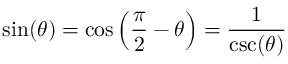
\sin ( \theta ) = \cos \left( { \frac { \pi } { 2 } } - \theta \right) = { \frac { 1 } { \csc ( \theta ) } }